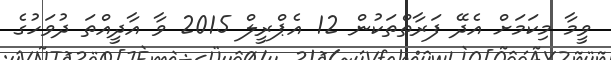
ވީމާ މިކަމަށް އެދޭ ފަރާތްތަކުން 12 އެޕްރީލް 2015 ވާ އާދީއްތަ ދުވަހުގެ